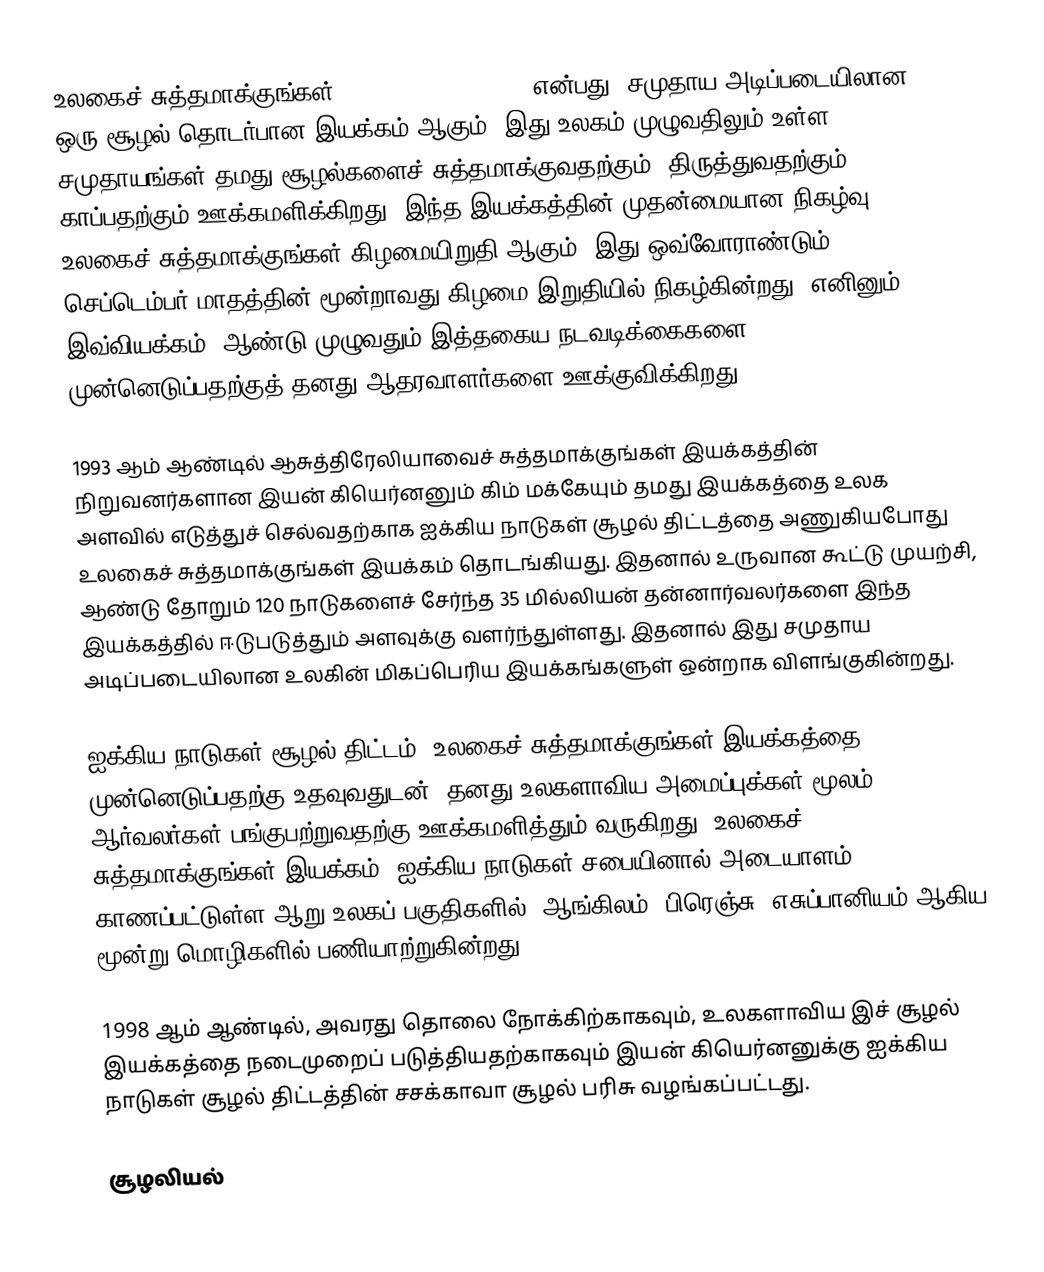
உலகைச் சுத்தமாக்குங்கள் (Clean Up the World) என்பது, சமுதாய அடிப்படையிலான ஒரு சூழல் தொடர்பான இயக்கம் ஆகும். இது உலகம் முழுவதிலும் உள்ள சமுதாயங்கள் தமது சூழல்களைச் சுத்தமாக்குவதற்கும், திருத்துவதற்கும், காப்பதற்கும் ஊக்கமளிக்கிறது. இந்த இயக்கத்தின் முதன்மையான நிகழ்வு உலகைச் சுத்தமாக்குங்கள் கிழமையிறுதி ஆகும். இது ஒவ்வோராண்டும் செப்டெம்பர் மாதத்தின் மூன்றாவது கிழமை இறுதியில் நிகழ்கின்றது. எனினும் இவ்வியக்கம், ஆண்டு முழுவதும் இத்தகைய நடவடிக்கைகளை முன்னெடுப்பதற்குத் தனது ஆதரவாளர்களை ஊக்குவிக்கிறது.

1993 ஆம் ஆண்டில் ஆசுத்திரேலியாவைச் சுத்தமாக்குங்கள் இயக்கத்தின் நிறுவனர்களான இயன் கியெர்னனும் கிம் மக்கேயும் தமது இயக்கத்தை உலக அளவில் எடுத்துச் செல்வதற்காக ஐக்கிய நாடுகள் சூழல் திட்டத்தை அணுகியபோது உலகைச் சுத்தமாக்குங்கள் இயக்கம் தொடங்கியது. இதனால் உருவான கூட்டு முயற்சி, ஆண்டு தோறும் 120 நாடுகளைச் சேர்ந்த 35 மில்லியன் தன்னார்வலர்களை இந்த இயக்கத்தில் ஈடுபடுத்தும் அளவுக்கு வளர்ந்துள்ளது. இதனால் இது சமுதாய அடிப்படையிலான உலகின் மிகப்பெரிய இயக்கங்களுள் ஒன்றாக விளங்குகின்றது.

ஐக்கிய நாடுகள் சூழல் திட்டம், உலகைச் சுத்தமாக்குங்கள் இயக்கத்தை முன்னெடுப்பதற்கு உதவுவதுடன், தனது உலகளாவிய அமைப்புக்கள் மூலம் ஆர்வலர்கள் பங்குபற்றுவதற்கு ஊக்கமளித்தும் வருகிறது. உலகைச் சுத்தமாக்குங்கள் இயக்கம், ஐக்கிய நாடுகள் சபையினால் அடையாளம் காணப்பட்டுள்ள ஆறு உலகப் பகுதிகளில், ஆங்கிலம், பிரெஞ்சு, எசுப்பானியம் ஆகிய மூன்று மொழிகளில் பணியாற்றுகின்றது.

1998 ஆம் ஆண்டில், அவரது தொலை நோக்கிற்காகவும், உலகளாவிய இச் சூழல் இயக்கத்தை நடைமுறைப் படுத்தியதற்காகவும் இயன் கியெர்னனுக்கு ஐக்கிய நாடுகள் சூழல் திட்டத்தின் சசக்காவா சூழல் பரிசு வழங்கப்பட்டது.

சூழலியல்